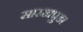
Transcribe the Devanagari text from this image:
सारखपुडा